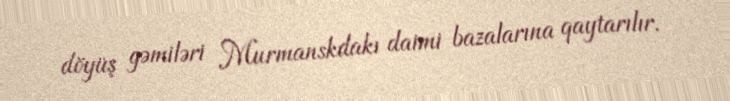
döyüş gəmiləri Murmanskdakı daimi bazalarına qaytarılır.